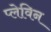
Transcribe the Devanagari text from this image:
प्लेविन